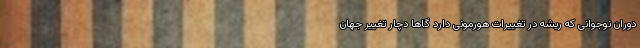
دوران نوجوانی که ریشه در تغییرات هورمونی دارد گاهاً دچار تغییر جهان